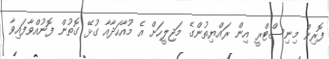
ފޮރިން މިނިސްޓްރީ އިން ރައްޔިތުންގެ މަޖިލީހަށް އެ މުއާހަދާއާ ގުޅޭ ގޮތުން ފޮނުއްވާފައިވާ